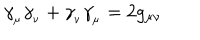
LaTeX: \gamma _ { _ \mu } \gamma _ { _ \nu } + \gamma _ { _ \nu } \gamma _ { _ \mu } = 2 g _ { \mu \nu }